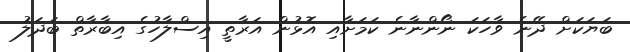
ބަޔަކަށް ދޭނެ ވާހަކަ ނޯންނާނެ ކަމަށާއި އޮޅުން އަރާތީ އިސްލާހުގެ އިބާރާތް ބަދަލު